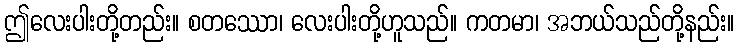
ဤလေးပါးတို့တည်း။ စတဿော၊ လေးပါးတို့ဟူသည်။ ကတမာ၊ အဘယ်သည်တို့နည်း။